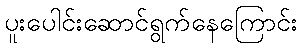
ပူးပေါင်းဆောင်ရွက်နေကြောင်း